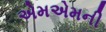
એમએમની